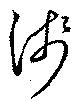
浅